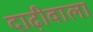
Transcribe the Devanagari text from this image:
दाढ़ीवाला